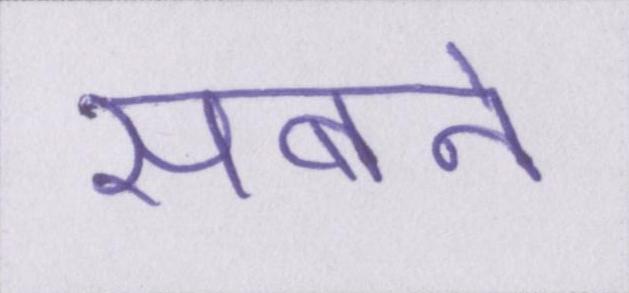
सबने